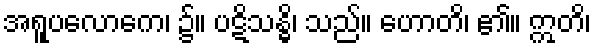
အရူပလောကေ၊ ၌။ ပဋိသန္ဓိ၊ သည်။ ဟောတိ၊ ၏။ ဣတိ၊